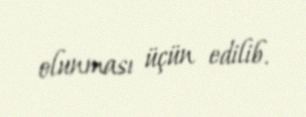
olunması üçün edilib.